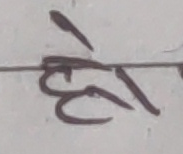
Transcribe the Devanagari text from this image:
हो